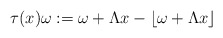
\begin{align*} \tau(x)\omega := \omega + \Lambda x - \left\lfloor \omega + \Lambda x \right\rfloor\end{align*}